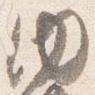
内